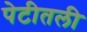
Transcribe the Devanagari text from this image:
पेटीतली